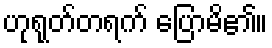
ဟုရုတ်တရက် ပြောမိ၏။